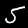
Digit: 5